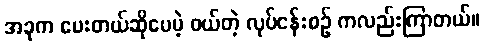
အခုက ပေးတယ်ဆိုပေမဲ့ ဝယ်တဲ့ လုပ်ငန်းစဉ် ကလည်းကြာတယ်။